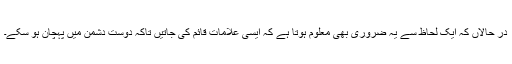
در حالاں کہ ایک لحاظ سے یہ ضروری بھی معلوم ہوتا ہے کہ ایسی علامات قائم کی جاتیں تاکہ دوست دشمن میں پہچان ہو سکے۔